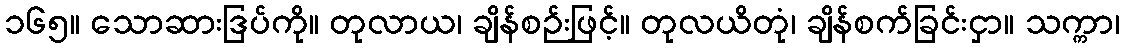
၁၆၅။ သောဆားဒြပ်ကို။ တုလာယ၊ ချိန်စဉ်းဖြင့်။ တုလယိတုံ၊ ချိန်စက်ခြင်းငှာ။ သက္ကာ၊